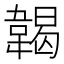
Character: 𩏌